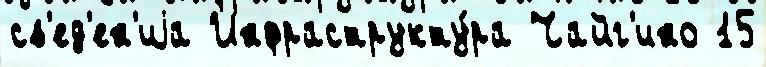
св'ед'ен'иjа Инфраструкту́ра Чайг'ино 15